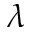
\lambda